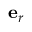
{ \bf e } _ { r }